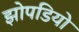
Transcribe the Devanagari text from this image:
झोपडियो